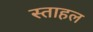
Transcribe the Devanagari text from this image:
स्ताहल